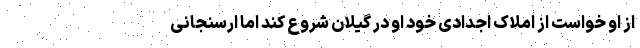
از او خواست از املاک اجدادی خود او در گیلان شروع کند اما ارسنجانی